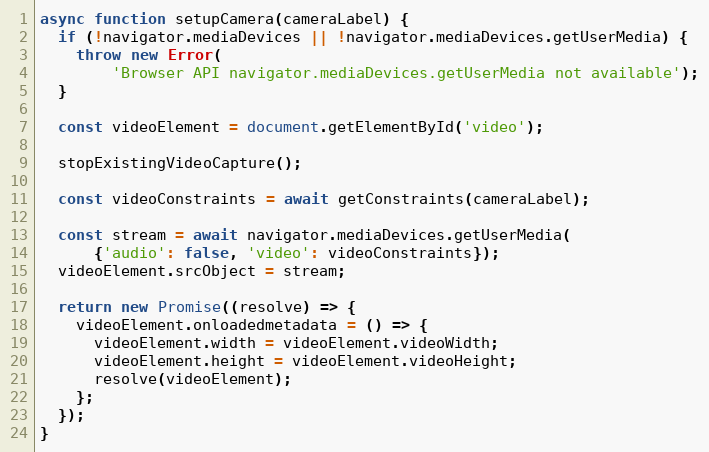
Language: JavaScript
async function setupCamera(cameraLabel) {
  if (!navigator.mediaDevices || !navigator.mediaDevices.getUserMedia) {
    throw new Error(
        'Browser API navigator.mediaDevices.getUserMedia not available');
  }

  const videoElement = document.getElementById('video');

  stopExistingVideoCapture();

  const videoConstraints = await getConstraints(cameraLabel);

  const stream = await navigator.mediaDevices.getUserMedia(
      {'audio': false, 'video': videoConstraints});
  videoElement.srcObject = stream;

  return new Promise((resolve) => {
    videoElement.onloadedmetadata = () => {
      videoElement.width = videoElement.videoWidth;
      videoElement.height = videoElement.videoHeight;
      resolve(videoElement);
    };
  });
}